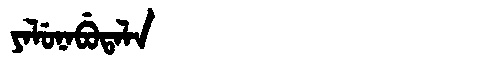
Manchu: ᠶᠠᠯᡠᠨᠠᠪᡠᡨᠠᠯᠠ
Romanization: YALUNABUTALA